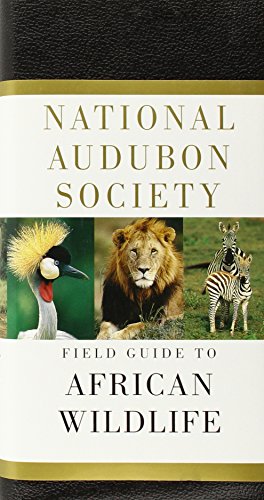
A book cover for National Audubon Society Field Guide to African Wildlife; Peter C. Alden; Science & Math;